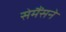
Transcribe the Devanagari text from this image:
सेमैंसने